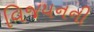
વિજયનની